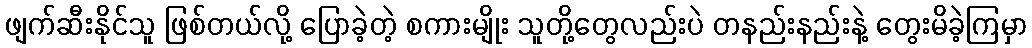
ဖျက်ဆီးနိုင်သူ ဖြစ်တယ်လို့ ပြောခဲ့တဲ့ စကားမျိုး သူတို့တွေလည်းပဲ တနည်းနည်းနဲ့ တွေးမိခဲ့ကြမှာ